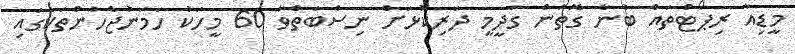
މީޑިއާ ރިޕޯޓްތައް ބުނާ ގޮތުން ގަދީމީ ދަރިކޮޅަށް ނިސްބަތްވާ 60 މީހަކު ހަމަނުޖެހުންތަކުގައި